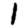
Digit: 1